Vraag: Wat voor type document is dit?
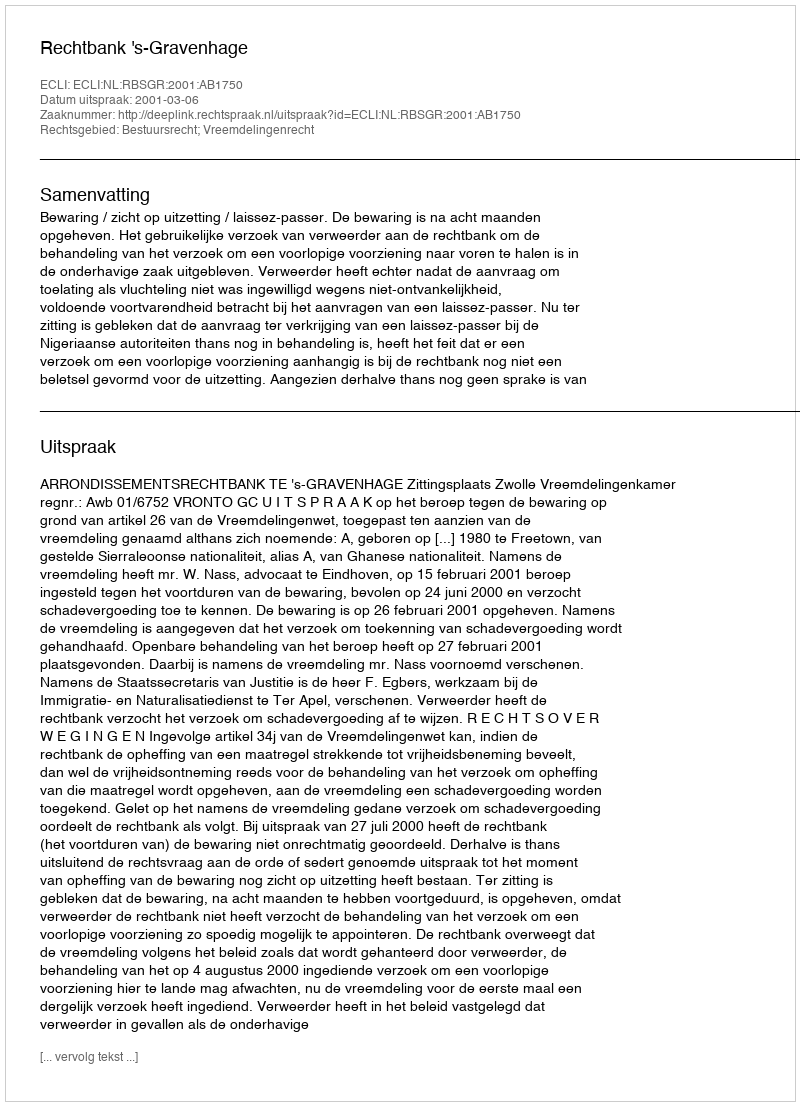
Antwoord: Uitspraak